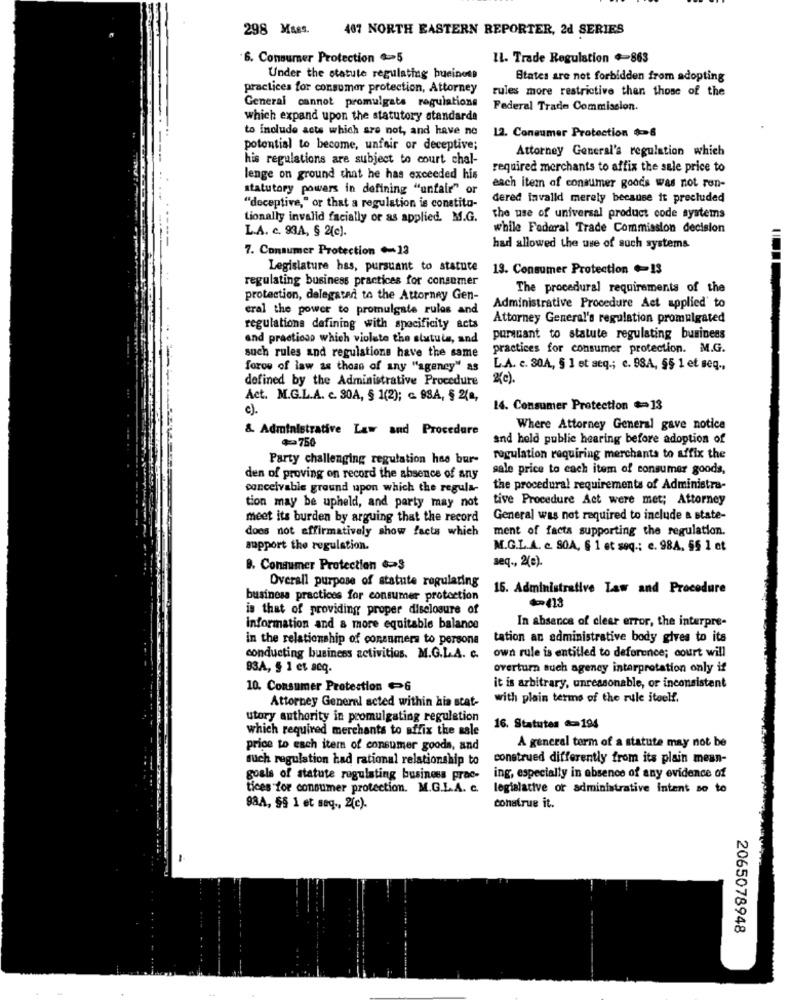
298 MARS.
407 NORTH EASTERN REPORTER, 2d SERIES
6. Consumer Protection 5
LL. Trade Regulation 4-863
Under the statute regulating business
States are not forbidden from adopting
practices for consumer protection, Attorney
rules more restrictive than those of the
General cannot promulgata regulations
Federal Trade Commission.
which expand upon the statutory standarda
to include acts which are not, and have no
12. Consumer Protection $=6
potential to become, unfair or deceptive;
Attorney General's regulation which
his regulations are subject to court chal-
required merchants to affix the sale price to
lenge on ground that he has exceeded his
statutory powers in defining "unfair" or
each item of consumer goods was not ren-
dered invalld merely because it precluded
"deceptive," or that a regulation is conetita-
tionally invalid facially or as applied. M.G.
the use of universal product code systems
L.A. c. 93A, § 2(e).
while Federal Trade Commission decision
7. Consumer Protection .- 13
had allowed the use of such systems
Legislature has, pursuant to statute
13. Consumer Protection +13
regulating business practices for consumer
The procedural requirements of the
protection, delegated to the Attorney Gen-
eral the power to promulgate rules and
Administrative Procedure Act applied' to
Attorney General's regulation promulgated
regulations defining with specificity acts
and practican which violate the statula, and
pursuant to statute regulating business
practices for consumer protection. M.G.
such rules and regulations have the same
foros of law as those of any "agency" as
L.A. c. 30A, § 1 et seq .; c. 98A, 55 1 et seq .,
defined by the Administrative Procedure
(c).
Act. M.G.L.A. c. 30A, § 1(2); c. 88A, § 210,
c).
14. Consumer Protection == 13
&. Administrative Law and Procedure
Where Attorney General gave notice
*= 750
and hold public hearing before adoption of
Party challenging regulation has bur-
regulation requiring merchants to affix the
sale price to each item of consumer goods,
den of proving on record the absence of any
conceivable ground upon which the regula-
the procedural requirements of Administra-
tive Procedure Act were met; Attorney
tion may be upheld, and party may not
meet its burden by arguing that the record
General was not required to include a state-
does not affirmatively show facts which
ment of facts supporting the regulation.
support the regulation.
M.G.L.A. c. SOA, § 1 et seq .: e. 98A. 55 1 et
seq ., 2(0).
B. Consumer Protection &3
Overall purpose of statute regularing
15. Administrative Law and Procedure
business practices for consumer protection
is that of providing proper disclosure of
*413
information and a more equitable balance
In absence of clear error, the interpre-
in the relationship of consumers to persona
tation an administrative body gives to its
conducting business activities. M.G.L.A. c. own rule is entitled to deference; court will
83A, § 1 et acq.
overturn such agency interpretation only if
10. Consumer Protection 6
it is arbitrary, unreasonable, or inconsistent
Attorney General acted within hia stat-
with plain terms of the rule itoelf.
utory authority in promulgating regulation
which required merchants to affix the sale
16. Statutes -194
price to each item of consumer goods, and
A general term of a statute may not be
such regulation had rational relationship to
construed differently from its plain mean-
goals of statute regulating business proc-
ing, especially in absence of any evidence of
tices for consumer protection. M.G.L.A. c.
legislative or administrative intent so to
984, §§ 1 et seq ., 2(c).
conatrue it.
2065078948